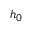
h _ { 0 }